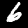
Label: 6